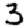
Digit: 3